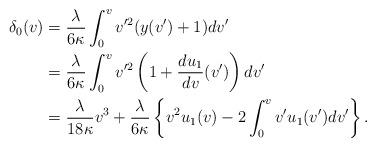
LaTeX: \begin{align*} \delta_0(v)&=\frac{\lambda}{6\kappa}\int_0^vv'^2(y(v')+1)dv'\\ &=\frac{\lambda}{6\kappa}\int_0^vv'^2\left(1+\frac{du_1}{dv}(v')\right)dv'\\&=\frac{\lambda}{18\kappa}v^3+\frac{\lambda}{6\kappa}\left\{v^2u_1(v)-2\int_0^vv'u_1(v')dv'\right\}.\end{align*}